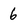
Character: 6